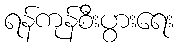
ရန်ကုန်စီးပွားရေး